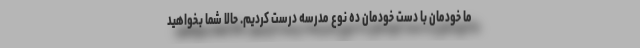
ما خودمان با دست خودمان ده نوع مدرسه درست کردیم. حالا شما بخواهید